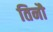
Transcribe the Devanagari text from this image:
तिनौ